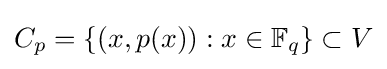
C_{p}=\{(x,p(x)):x\in \mathbb {F} _{q}\}\subset V